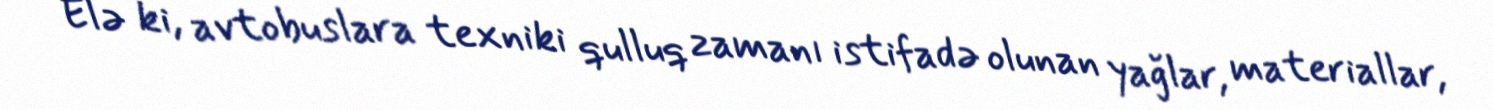
Elə ki, avtobuslara texniki qulluq zamanı istifadə olunan yağlar, materiallar,